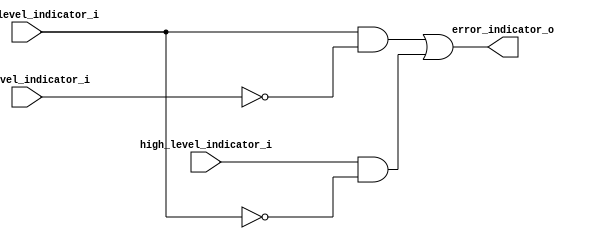
/* Search for measurement errors in the water tank. */

module error_detector
(
	input wire  high_level_indicator_i,	
	input wire  medium_level_indicator_i,	
	input wire  low_level_indicator_i,	
	output wire error_indicator_o
);
	
	// Declaring wires
	wire w0, w1, w2, w3;
	
	// Inverting both medium and low signals
	not inv0(w0, medium_level_indicator_i);
	not inv1(w1, low_level_indicator_i);
	
	// Applying AND gates to:
	//		- High and inverted medium signals
	//		- Medium and inverted low signals
	and and0(w2, high_level_indicator_i, w0);
	and and1(w3, medium_level_indicator_i, w1);
	
	// Using the OR gate in the outputs of the AND gates
	or error_checking_result(error_indicator_o, w3, w2);
	
endmodule